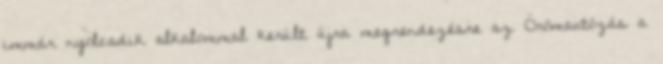
immár nyolcadik alkalommal került újra megrendezésre az Örömautózás a